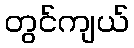
တွင်ကျယ်